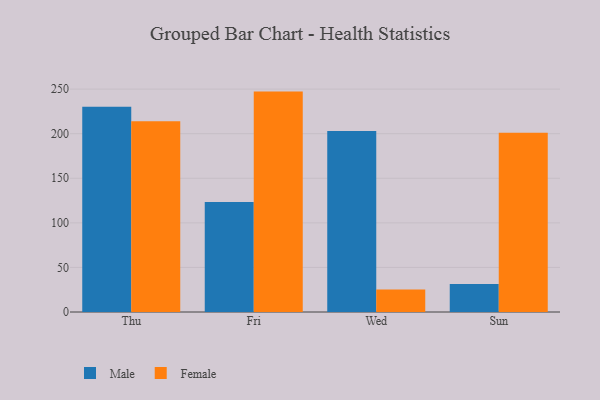
{"axis": {"x": "Day", "y": "Population (Million)"}, "legend": ["Female", "Male"], "data": [{"x": "Thu", "y": 230.2, "type": "Male"}, {"x": "Thu", "y": 213.9, "type": "Female"}, {"x": "Fri", "y": 123.5, "type": "Male"}, {"x": "Fri", "y": 247.2, "type": "Female"}, {"x": "Wed", "y": 202.9, "type": "Male"}, {"x": "Wed", "y": 25.3, "type": "Female"}, {"x": "Sun", "y": 31.4, "type": "Male"}, {"x": "Sun", "y": 201.0, "type": "Female"}]}